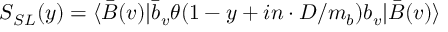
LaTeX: S _ { S L } ( y ) = \langle \bar { B } ( v ) | \bar { b } _ { v } \theta ( 1 - y + i n \cdot D / m _ { b } ) b _ { v } | \bar { B } ( v ) \rangle